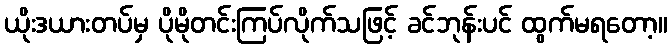
ယိုးဒယားတပ်မှ ပိုမိုတင်းကြပ်လိုက်သဖြင့် ခင်ဘုန်းပင် ထွက်မရတော့။